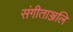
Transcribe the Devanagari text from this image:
संगीताञ्जलि